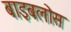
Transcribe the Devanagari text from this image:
बाइबलोस